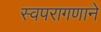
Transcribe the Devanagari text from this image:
स्वपरागणाने